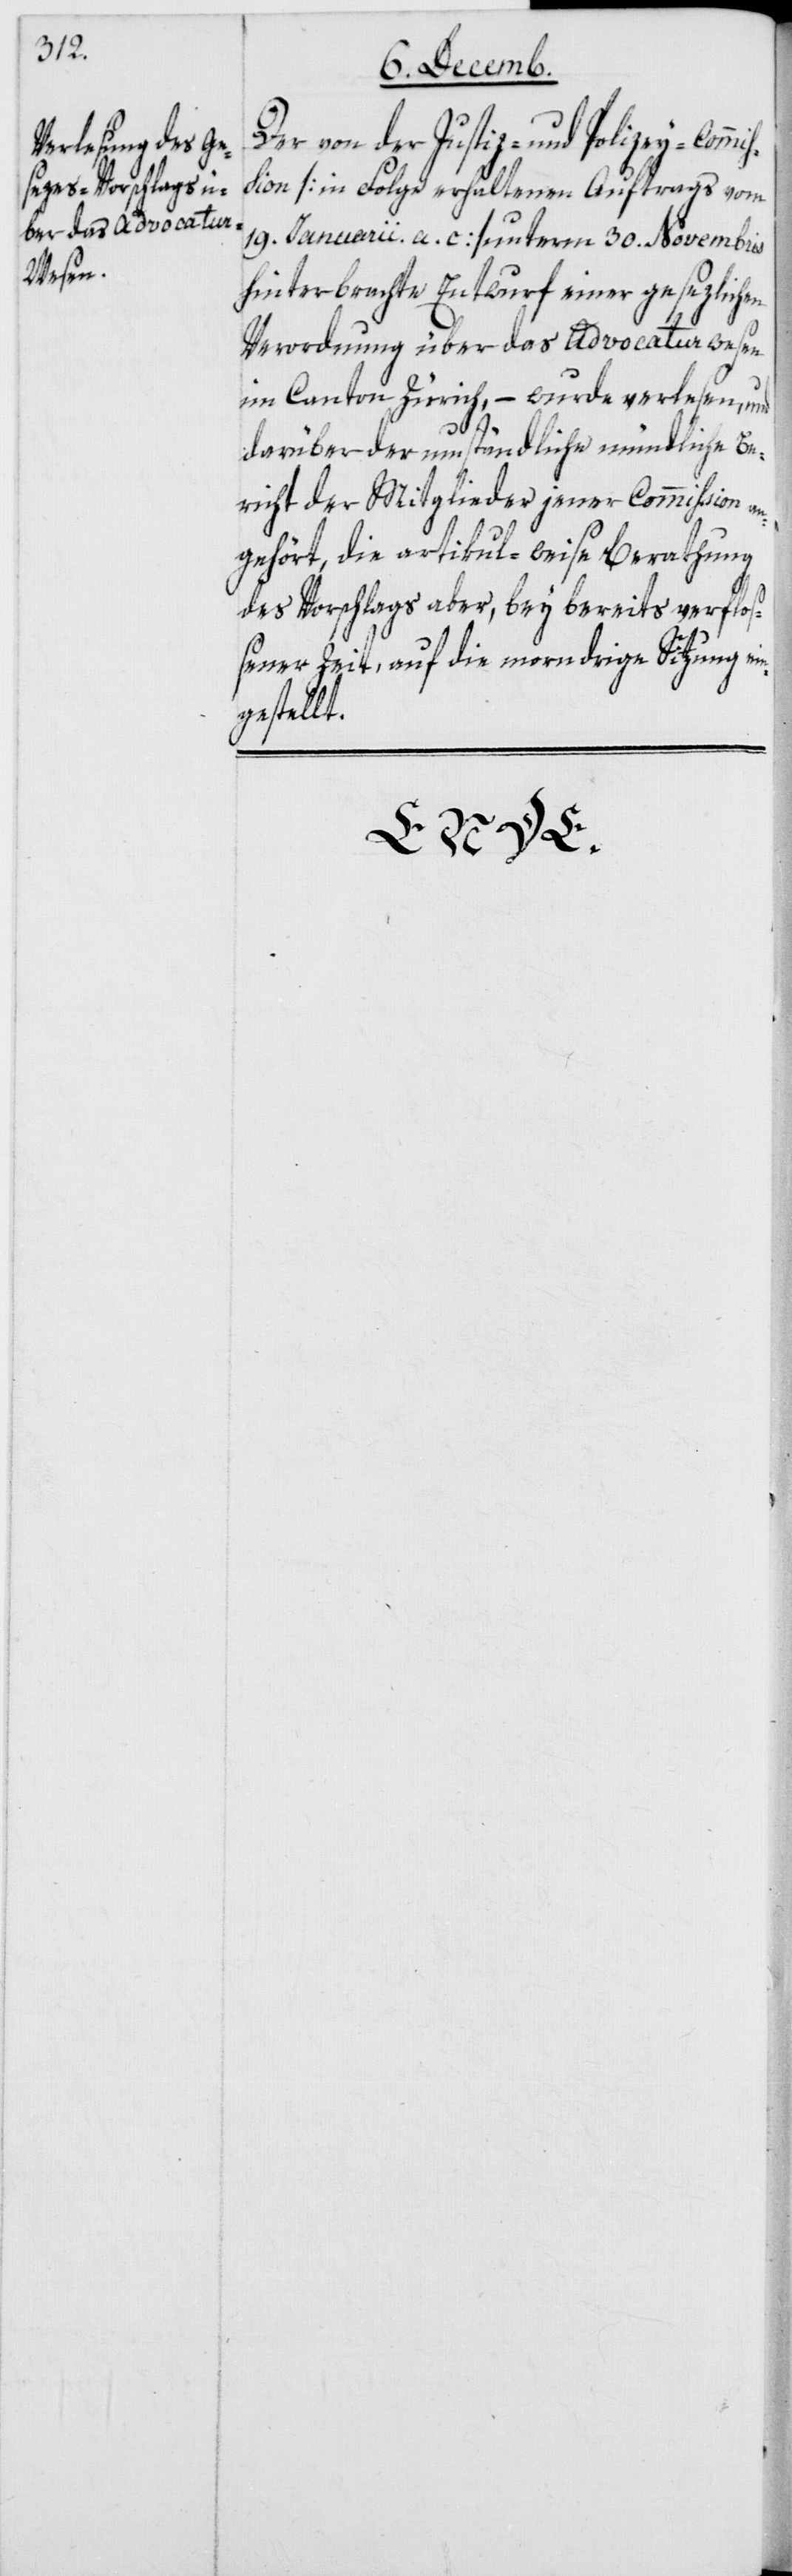
in¬

Der von der Justiz- und Polizey-Commi¬
ßion [in Folge erhaltenen Auftrags vom
19 Januarii a. c.] unterm 30 Novembris
hinterbrachte Entwurf einer gesetzlichen
Verordnung über das Advocatur-Wesen
im Canton Zürich, – wurde verlesen und
darüber der umständliche mündliche Be¬
richt der Mitglieder jener Commißion an¬
gehört, die artikul-weise Berathung
des Vorschlags aber, bey bereits verflo¬
ßener Zeit, auf die morndrige Sitzung e¬
gestellt.